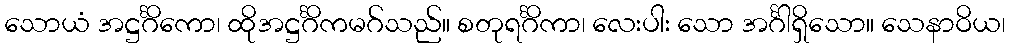
သောယံ အဋ္ဌင်္ဂိကော၊ ထိုအဋ္ဌင်္ဂိကမဂ်သည်။ စတုရင်္ဂိကာ၊ လေးပါး သော အင်္ဂါရှိသော။ သေနာဝိယ၊